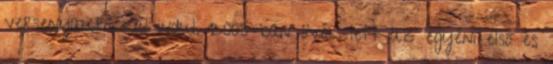
versenyautókkal indul. 2003-ban övék lett az egyéni első és